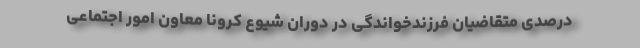
درصدی متقاضیان فرزندخواندگی در دوران شیوع کرونا معاون امور اجتماعی